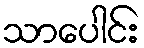
သာပေါင်း